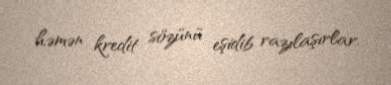
həmən kredit sözünü eşidib razılaşırlar.